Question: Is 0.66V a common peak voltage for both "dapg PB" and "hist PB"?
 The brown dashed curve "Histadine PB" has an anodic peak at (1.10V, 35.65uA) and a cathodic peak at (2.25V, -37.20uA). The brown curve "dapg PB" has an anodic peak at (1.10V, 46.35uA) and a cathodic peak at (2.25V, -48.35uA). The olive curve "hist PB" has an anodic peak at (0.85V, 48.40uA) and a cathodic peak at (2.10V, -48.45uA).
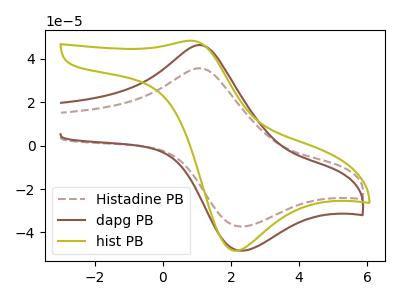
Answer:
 <answer>No, "dapg PB" and "hist PB" dont share a peak at 0.66V.</answer>
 <eval>mismatch</eval>